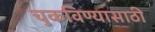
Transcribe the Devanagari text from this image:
चुकविण्यासाठी